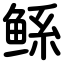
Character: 鲧